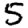
Digit: 5